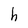
Character: h